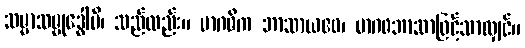
သမ္မာသမ္ဗုဒ္ဓေါပိ၊ သည်လည်း။ မာဂဓိက ဘာသာယဧဝ၊ မာဂဓဘာသာဖြင့်သာလျှင်။